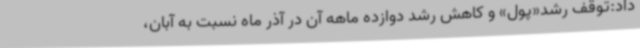
داد:توقف رشد«پول» و کاهش رشد دوازده ماهه آن در آذر ماه نسبت به آبان،